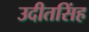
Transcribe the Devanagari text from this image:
उदीतसिंह